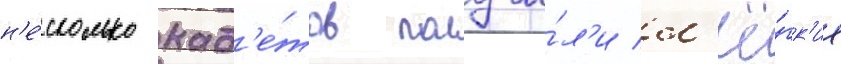
н'е́сколько кад'е́тов получи́л'и л'ё́гк'ие